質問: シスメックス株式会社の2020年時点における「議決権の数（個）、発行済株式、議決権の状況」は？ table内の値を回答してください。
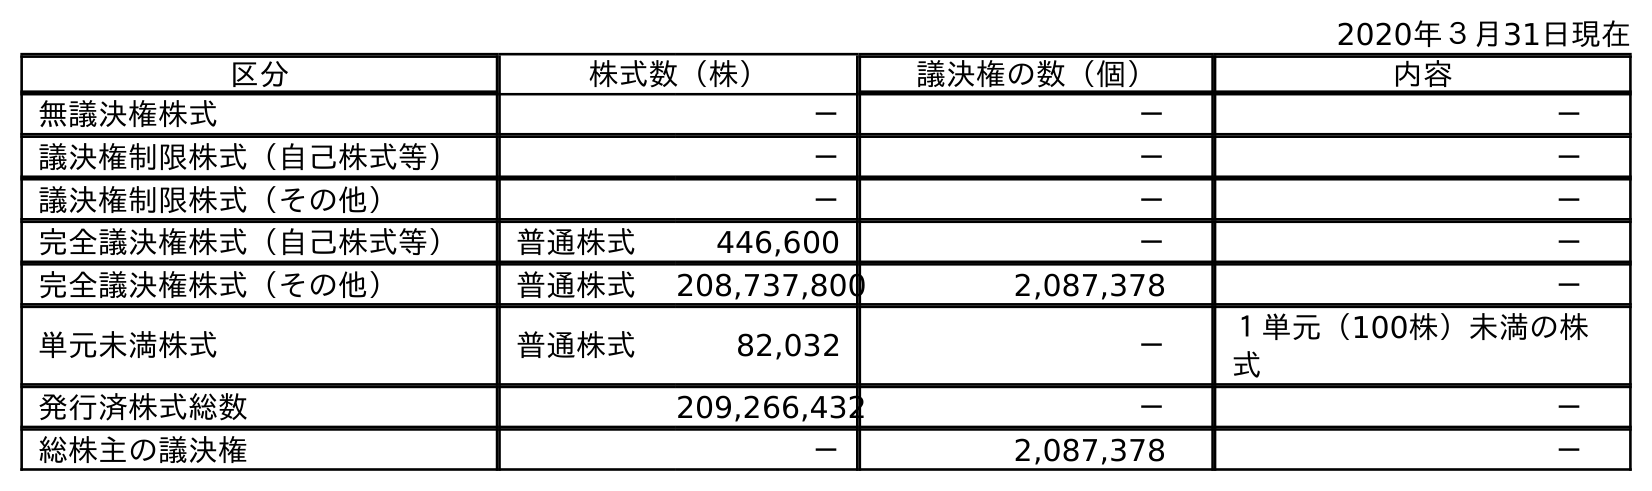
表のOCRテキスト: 2020年３月31日現在 区分 株式数（株） 議決権の数（個） 内容 無議決権株式 － － － 議決権制限株式（自己株式等） － － － 議決権制限株式（その他） － － － 完全議決権株式（自己株式等） 普通株式 446,600 － － 完全議決権株式（その他） 普通株式 208,737,800 2,087,378 － 単元未満株式 普通株式 82,032 － １単元（100株）未満の株 式 発行済株式総数 209,266,432 － － 総株主の議決権 － 2,087,378 －
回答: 2,087,378